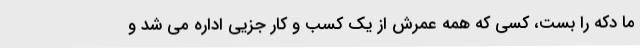
ما دکه را بست، کسی که همه عمرش از یک کسب و کار جزیی اداره می شد و